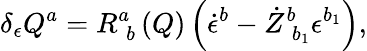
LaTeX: \delta_{\epsilon}Q^{a}=R_{\; b}^{a}\left(Q\right)\left(\dot{\epsilon}^{b}-\dot{Z}_{\; b_{1}}^{b}\epsilon^{b_{1}}\right),